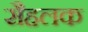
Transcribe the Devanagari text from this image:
सैहलक